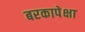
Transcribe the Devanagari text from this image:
बरकापेक्षा